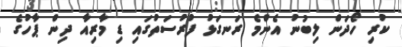
ކުރި ހޯދަން ލިބުނު އެންމެ ރަނގަޅު ފުރުސަތުގައި ޑި މާރިއާ ދިން ޕާހުގެ